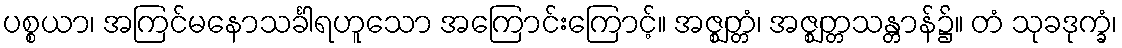
ပစ္စယာ၊ အကြင်မနောသင်္ခါရဟူသော အကြောင်းကြောင့်။ အဇ္ဈတ္တံ၊ အဇ္ဈတ္တသန္တာန်၌။ တံ သုခဒုက္ခံ၊